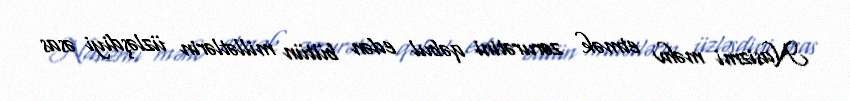
Nasizmi məhv etmək zərurətini qəbul edən bütün millətlərin üzləşdiyi əsas